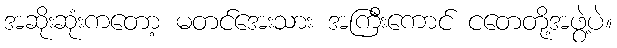
အဆိုးဆုံးကတော့ မတင်အေးသား အကြီးကောင် ငတေတို့အဖွဲ့ပဲ။